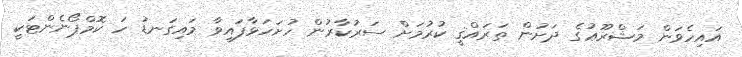
އައިހެވަން މަޝްރޫޢުގެ ދަށުން ތަރައްޤީ ކުރުމަށް ސަރުކާރުން ހުށަހަޅާފައިވާ މައިގަނޑު ހަ ކޮމްޕޯނެންޓަކީ